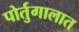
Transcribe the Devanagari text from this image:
पोर्तुगालात